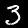
Label: 3